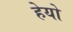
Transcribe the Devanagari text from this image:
हेयो